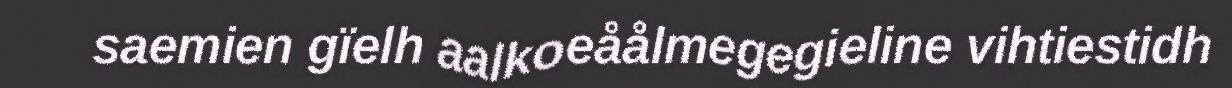
saemien gïelh aalkoeåålmegegieline vihtiestidh